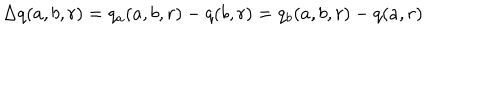
LaTeX: \Delta q ( a , b , r ) = q _ { a } ( a , b , r ) - q ( b , r ) = q _ { b } ( a , b , r ) - q ( a , r )